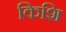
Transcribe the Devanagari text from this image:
किशि